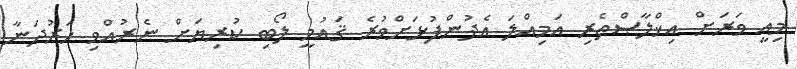
މިއީ ވަރަށް އިޚްލާޞްތެރި އަމިއްލަ އެދުންފުޅަށްވުރެ ޤައުމީ ލޯބި ކުރިޔަށް ނެރުއްވި ހަރުދަނާ